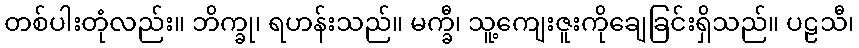
တစ်ပါးတုံလည်း။ ဘိက္ခု၊ ရဟန်းသည်။ မက္ခီ၊ သူ့ကျေးဇူးကိုချေခြင်းရှိသည်။ ပဠသီ၊